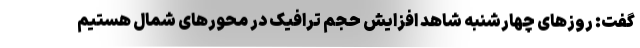
گفت: روزهای چهارشنبه شاهد افزایش حجم ترافیک در محورهای شمال هستیم